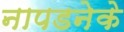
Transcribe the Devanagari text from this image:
नापडनेके